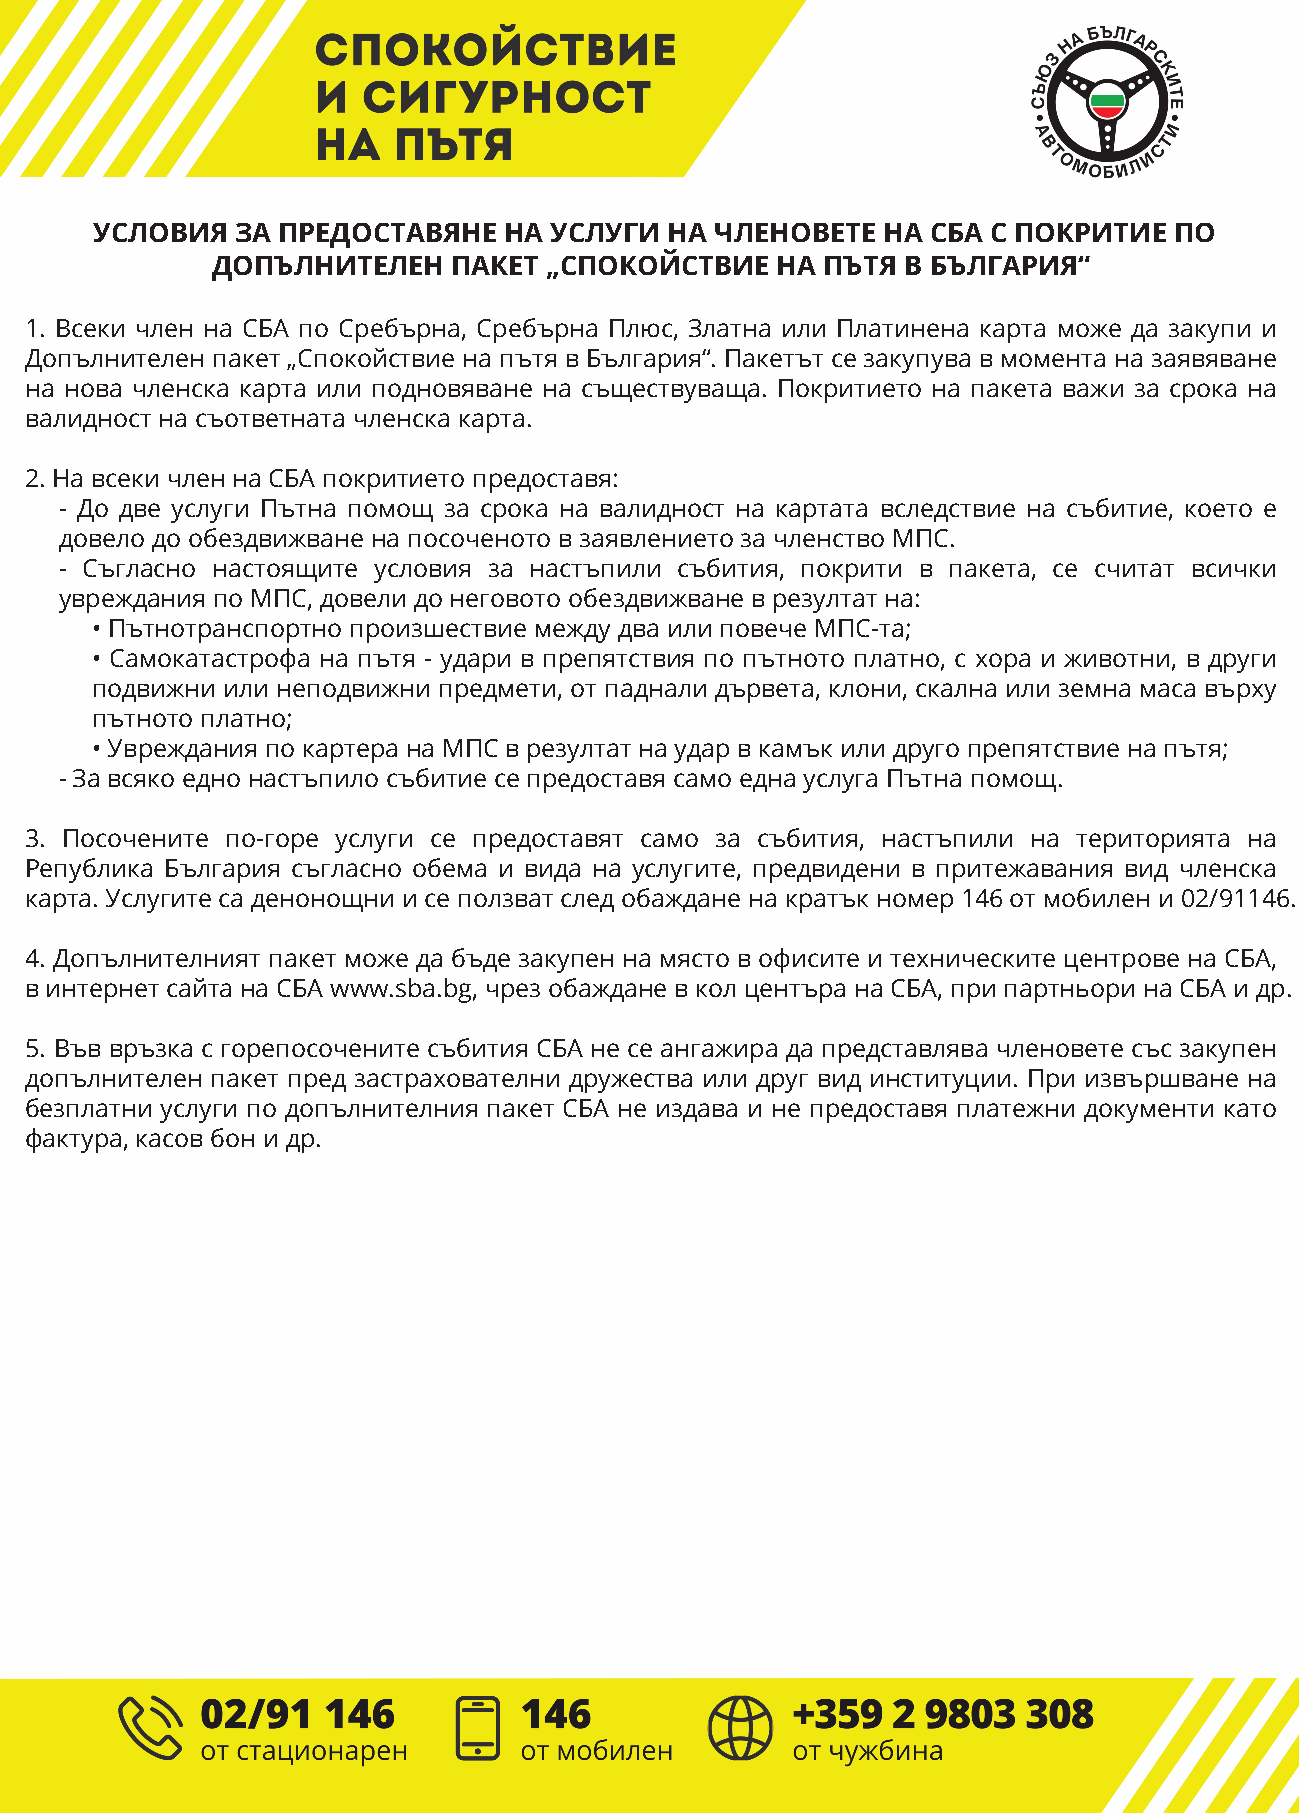
УСЛОВИЯ   ЗА ПРЕДОСТАВЯНЕ  НА УСЛУГИ  НА ЧЛЕНОВЕТЕ  НА  СБА С ПОКРИТИЕ  ПО
 ДОПЪЛНИТЕЛЕН    ПАКЕТ „СПОКОЙСТВИЕ   НА  ПЪТЯ В БЪЛГАРИЯ“
 1. Всеки член на СБА по Сребърна, Сребърна Плюс, Златна или Платинена карта може да закупи и
 Допълнителен пакет „Спокойствие на пътя в България“. Пакетът се закупува в момента на заявяване
 на нова членска карта или подновяване на съществуваща. Покритието на пакета важи за срока на
 валидност на съответната членска карта.
 2. На всеки член на СБА покритието предоставя:
 - До две услуги Пътна помощ за срока на валидност на картата вследствие на събитие, което е
 довело до обездвижване на посоченото в заявлението за членство МПС.
 - Съгласно настоящите условия за настъпили събития, покрити в пакета, се считат всички
 увреждания по МПС, довели до неговото обездвижване в резултат на:
 • Пътнотранспортно произшествие между два или повече МПС-та;
 • Самокатастрофа на пътя - удари в препятствия по пътното платно, с хора и животни, в други
 подвижни или неподвижни предмети, от паднали дървета, клони, скална или земна маса върху
 пътното платно;
 • Увреждания по картера на МПС в резултат на удар в камък или друго препятствие на пътя;
 - За всяко едно настъпило събитие се предоставя само една услуга Пътна помощ.
 3. Посочените по-горе услуги се предоставят само за събития, настъпили на територията на
 Република България съгласно обема и вида на услугите, предвидени в притежавания вид членска
 карта. Услугите са денонощни и се ползват след обаждане на кратък номер 146 от мобилен и 02/91146.
 4. Допълнителният пакет може да бъде закупен на място в офисите и техническите центрове на СБА,
 в интернет сайта на СБА www.sba.bg, чрез обаждане в кол центъра на СБА, при партньори на СБА и др.
 5. Във връзка с горепосочените събития СБА не се ангажира да представлява членовете със закупен
 допълнителен пакет пред застрахователни дружества или друг вид институции. При извършване на
 безплатни услуги по допълнителния пакет СБА не издава и не предоставя платежни документи като
 фактура, касов бон и др.